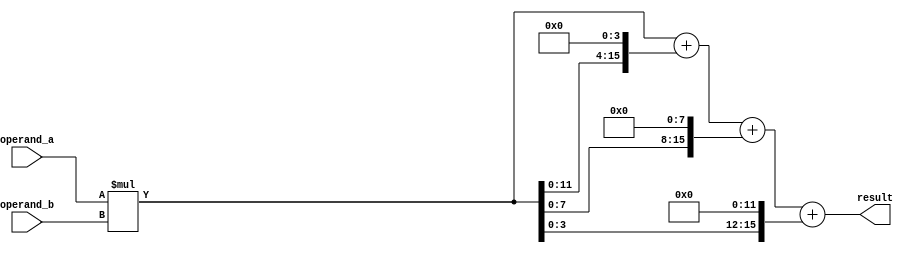
module radix4_multiplier (
    input wire [7:0] operand_a,
    input wire [7:0] operand_b,
    output reg [15:0] result
);

reg [15:0] partial_product [3:0];
reg [15:0] final_product;

// Stage 1
always @* begin
    partial_product[0] = operand_a * operand_b;
end

// Stage 2
always @* begin
    partial_product[1] = partial_product[0] << 4; // Shift by 4 bits
end

// Stage 3
always @* begin
    partial_product[2] = partial_product[1] << 4; // Shift by 4 bits
end

// Stage 4
always @* begin
    partial_product[3] = partial_product[2] << 4; // Shift by 4 bits
end

// Final Stage - Accumulation
always @* begin
    final_product = partial_product[0] + partial_product[1] + partial_product[2] + partial_product[3];
end

assign result = final_product;

endmodule